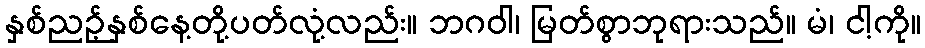
နှစ်ညဉ့်နှစ်နေ့တို့ပတ်လုံ့လည်း။ ဘဂဝါ၊ မြတ်စွာဘုရားသည်။ မံ၊ ငါ့ကို။